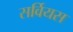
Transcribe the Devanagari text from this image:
सर्वियस